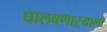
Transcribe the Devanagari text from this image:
घालवणाऱ्याला